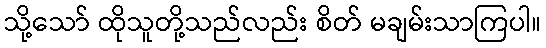
သို့သော် ထိုသူတို့သည်လည်း စိတ် မချမ်းသာကြပါ။